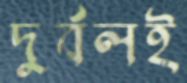
দুর্বলই